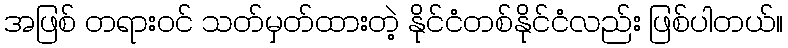
အဖြစ် တရားဝင် သတ်မှတ်ထားတဲ့ နိုင်ငံတစ်နိုင်ငံလည်း ဖြစ်ပါတယ်။